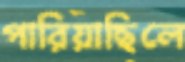
পারিয়াছিলে